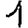
Digit: 1